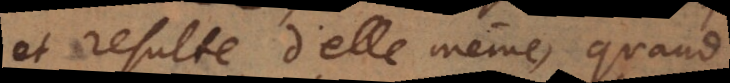
et resulte d’elle même, quand